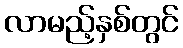
လာမည့်နှစ်တွင်